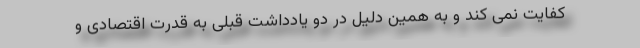
کفایت نمی کند و به همین دلیل در دو یادداشت قبلی به قدرت اقتصادی و